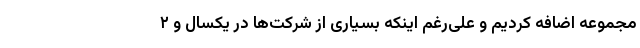
مجموعه اضافه کردیم و علی‌رغم اینکه بسیاری از شرکت‌ها در یکسال و ۲